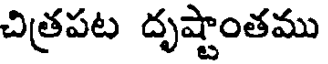
చిత్రపట దృష్టాంతము